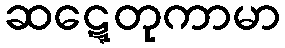
ဆဋ္ဋေတုကာမာ